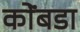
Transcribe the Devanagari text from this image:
कोंंबडा